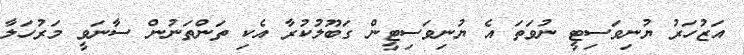
އަޒުހަރު ޔުނިވަސިޓީ ނުވަތަ އެ ޔުނިވަސިޓީން ގަބޫލުކުރާ އެކި ތަންތަނުން ސާނަވީ މަރުހަލާ